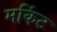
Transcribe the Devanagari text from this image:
मर्किट